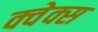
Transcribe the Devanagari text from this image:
क्वेक्स